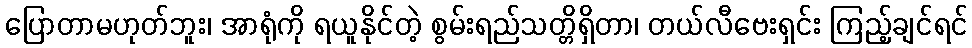
ပြောတာမဟုတ်ဘူး၊ အာရုံကို ရယူနိုင်တဲ့ စွမ်းရည်သတ္တိရှိတာ၊ တယ်လီဗေးရှင်း ကြည့်ချင်ရင်